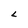
Character: L